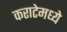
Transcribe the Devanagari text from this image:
कराटेमध्ये